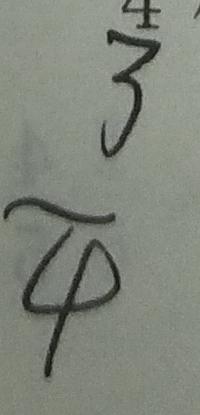
\frac { 3 } { 4 }